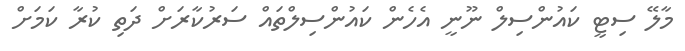
މާލޭ ސިޓީ ކައުންސިލް ނޫނީ އެހެން ކައުންސިލްތައް ސަރުކާރަށް ދަތި ކުރާ ކަމަށް